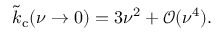
\tilde { k } _ { \mathrm { c } } ( \nu \rightarrow 0 ) = 3 \nu ^ { 2 } + \mathcal { O } ( \nu ^ { 4 } ) .